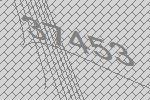
37453